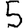
Digit: 5